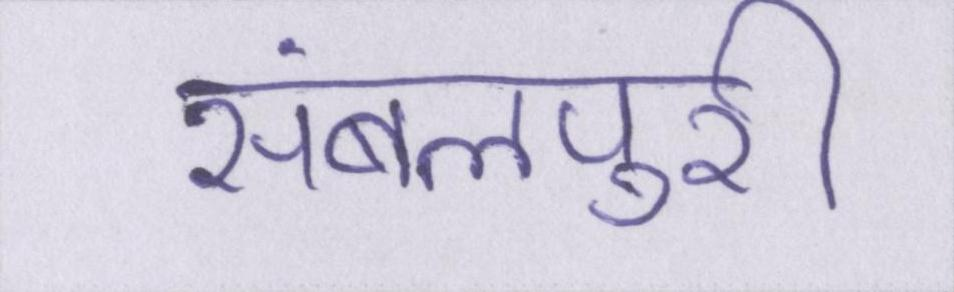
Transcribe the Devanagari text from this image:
संबलपुरी